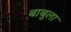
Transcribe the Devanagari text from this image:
बाबुला